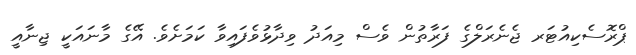
ޕްރޮސެކިއުޓަރ ޖެނެރަލްގެ ފަރާތުން ވެސް މިއަދު ވިދާޅުވެފައިވާ ކަމަށެވެ. އޭގެ މާނައަކީ ޖިނާއީ